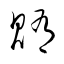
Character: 賄